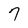
Character: 7